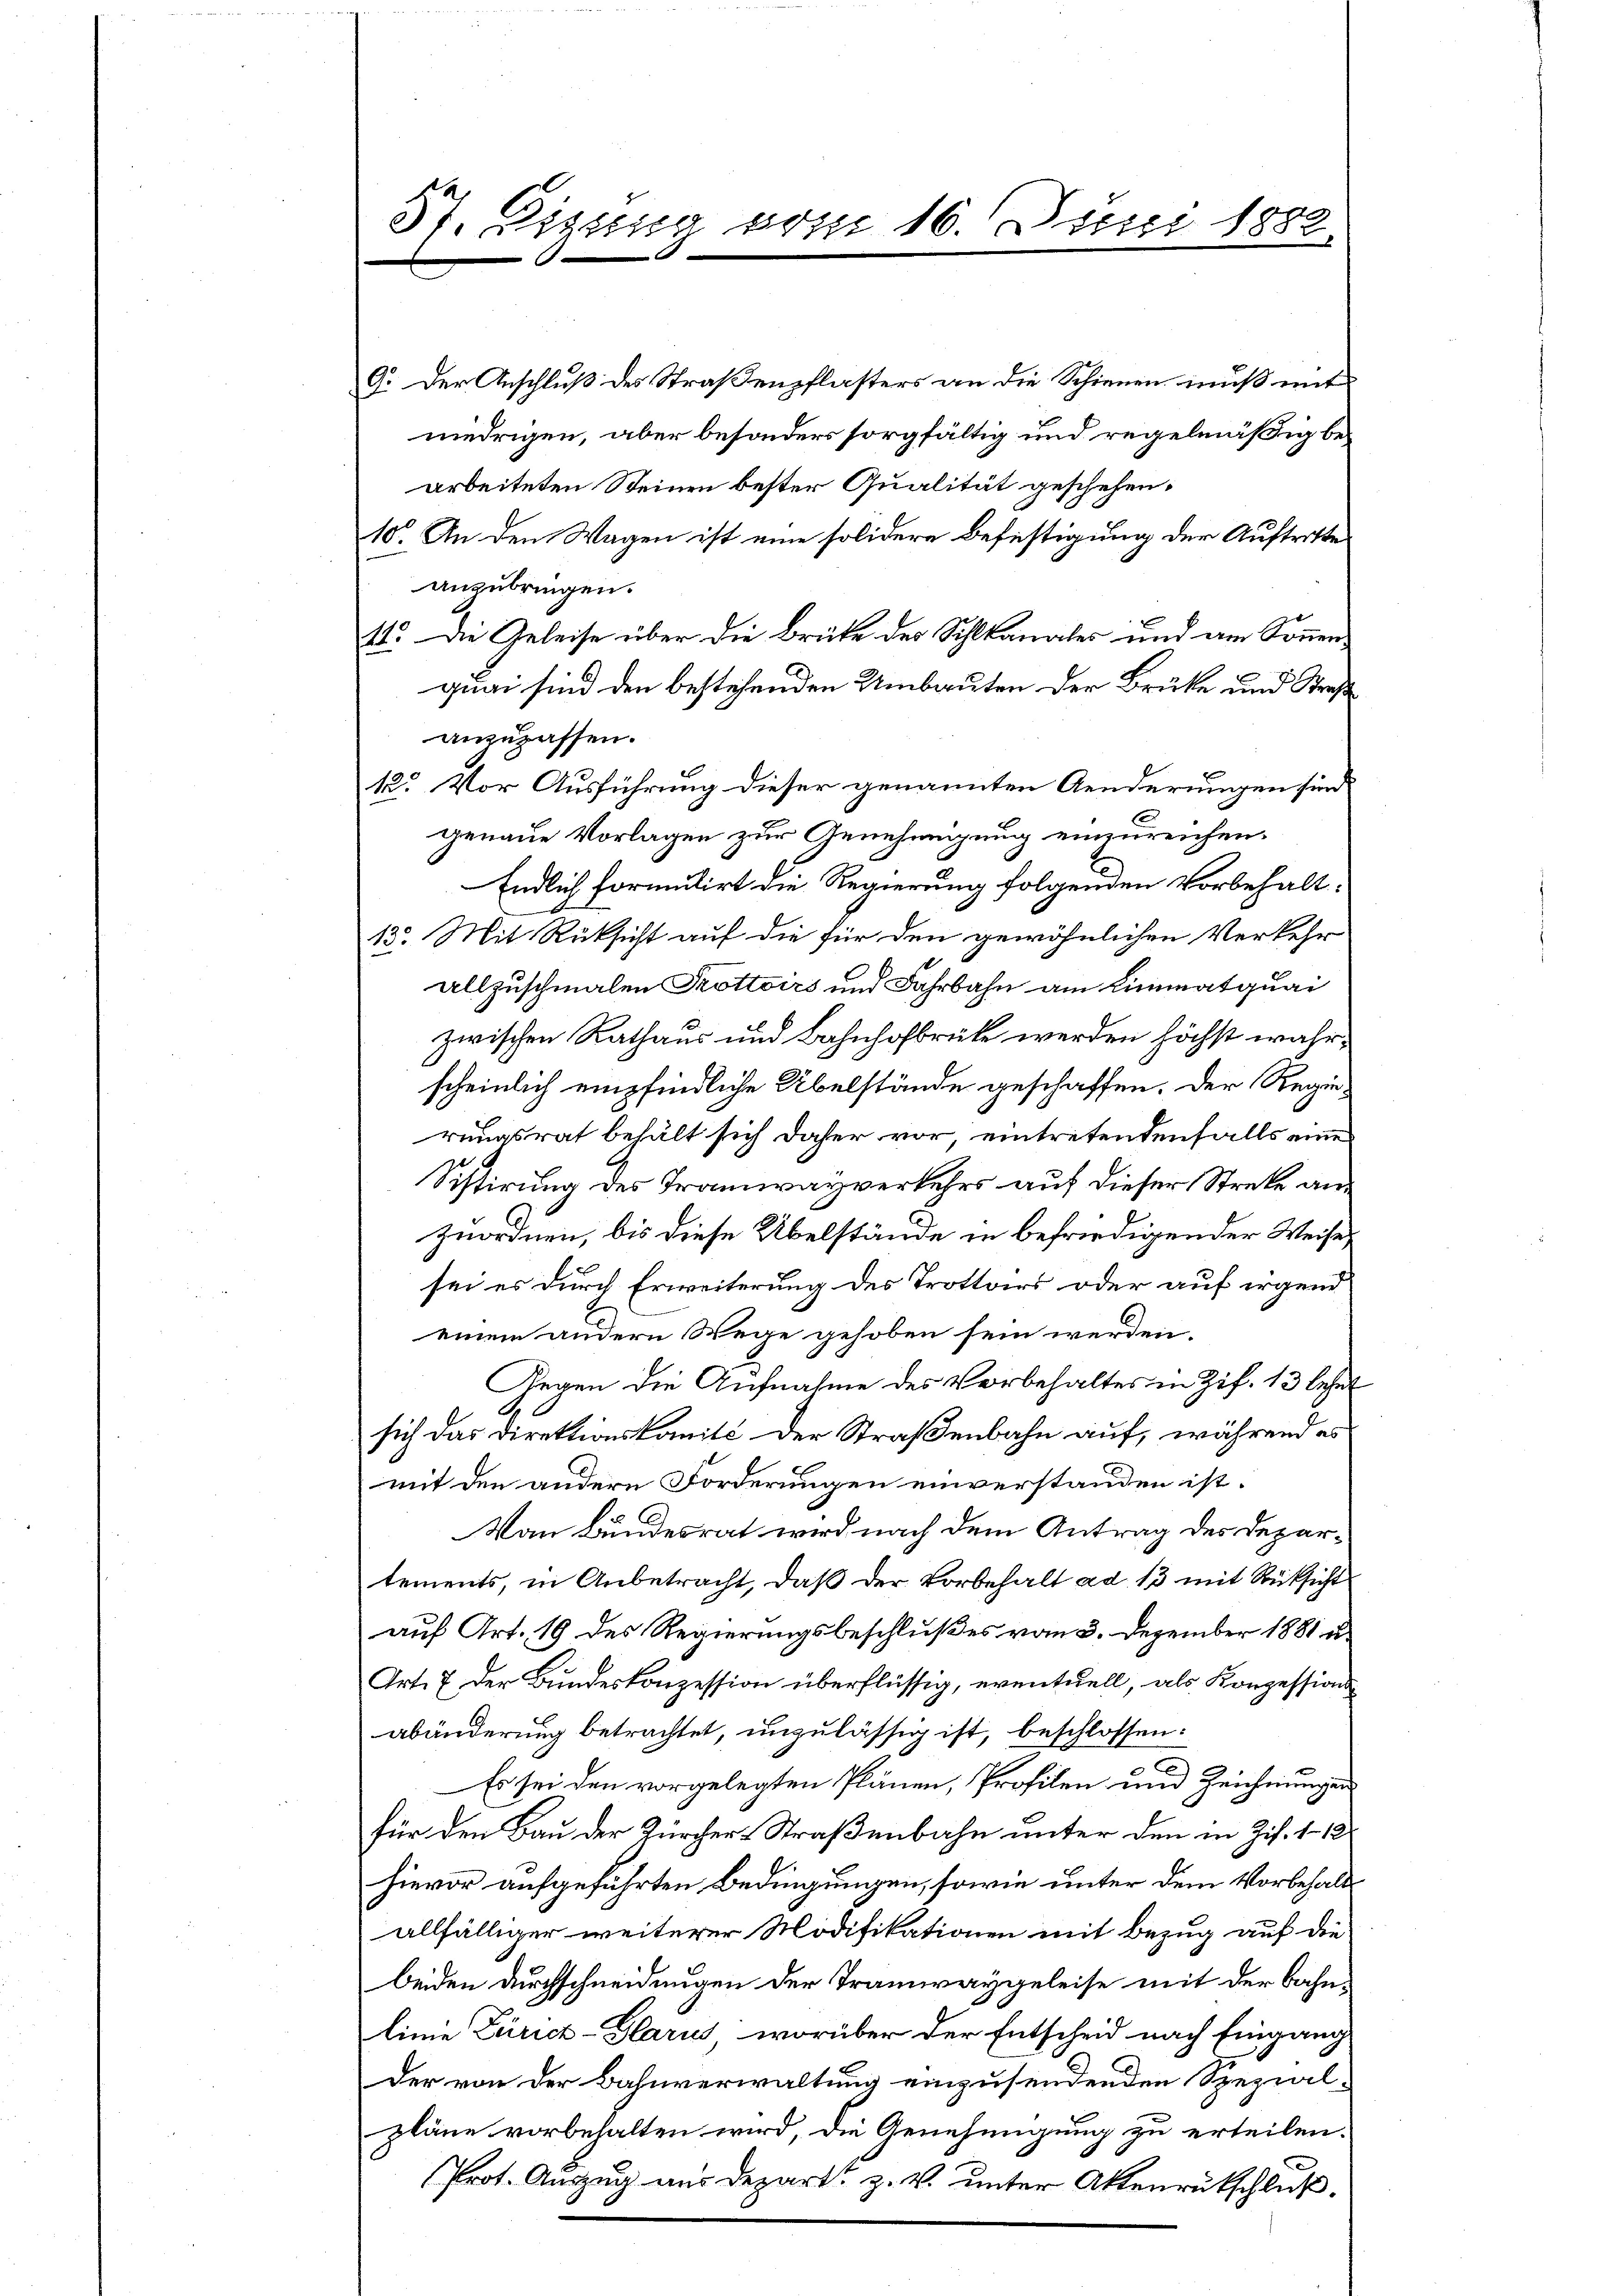
St. Pizzug vom 16. Juni 1882

9. Der Anschluß des Straßenpflasters an die Schienen muß mit
niedrigen, aber besonders sorgfältig und regelmäßig bearbeiteten Steinen bester Qualität geschehen.
10. An den Wagen ist eine solidere Befestigung der Auftritte
anzubringen.
11. Die Geleise über die Brüke des Schlkanales und am Sonnenquai sind den bestehenden Umbauten der Brüke und Straße
anzupassen.
12. Vor Ausführung dieser genannten Aenderungen sind
genaue Vorlagen zur Genehmigung einzureichen.
Endlich formitirt die Regierung folgenden Vorbehalt¬
13. Mit Rücksicht auf die für den gewöhnlichen Verkehr
allzuschmalen Trottoirs und Fahrbahn am Limmatquai
zwischen Rathaus und Bahnhofbrück werden höchst wahrscheinlich empfindliche Übelstände geschaffen. Der Regierungsrat behält sich daher vor, eintretendenfalls eines
Sistirung des Tramwayverkehrs auf dieser Streke anzuordnen, bis diese Übelstände in befriedigender Weise,
sei es durch Erweiterung des Trottors oder auf irgend
einem andern Wege gehoben sein werden.
Gegen die Aufnahme des Vorbehaltes in Zif. 13 lehnt
sich das Direktionskomité der Straßenbahn auf, während es
mit den andern Forderungen einverstanden ist.
Von Bundesrat wird nach dem Antrag des Departements, in Anbetracht, daß der Vorbehalt ad 13 mit Rücksicht
auf Art. 19 des Regierungsbeschlußes vom 3. Dezember 1881 u.
Art. 7 der Bundeskonzession überflüssig, eventuell, als Konzessionsabänderung betrachtet, unzulässig ist, beschlossen:
C
Es sei den vorgelegten Plänen, Profilen und Zeichnungen
für den Bau der Zürcher-Straßenbahn unter den in Zif. 1. 12
hievor aufgeführten Bedingungen, sowie unter dem Vorbehalt
allfälliger weiterer Modifikationen mit Bezug auf die
beiden Durchschneidungen der Tramwaygeleise mit der Bahnlinie Zürich-Glarus, worüber der Entscheid nach Eingang
Der von der Bahnverwaltung einzusendenden Spezial-
pläne vorbehalten wird, die Genehmigung zu erteilen.
Prot. Auszug aus Depart z. v. unter Aktenrütschluß.